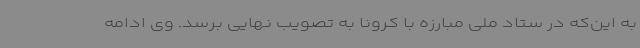
به این‌که در ستاد ملی مبارزه با کرونا به تصویب نهایی برسد. وی ادامه